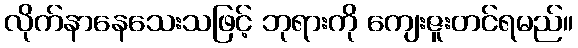
လိုက်နာနေသေးသဖြင့် ဘုရားကို ကျေးဇူးတင်ရမည်။